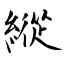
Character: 縱